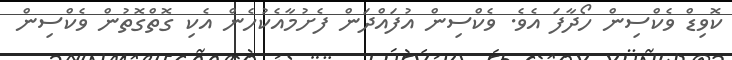
ކޮވިޑް ވެކްސިން ހޯދާފަ އެވެ. ވެކްސިން އުފައްދަން ފެށުމާއެކުހެން އެކި ގޮތްގޮތުން ވެކްސިން